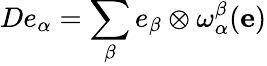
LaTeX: De_{\alpha}=\sum_{\beta}e_{\beta}\otimes\omega_{\alpha}^{\beta}(\mathbf{e})